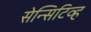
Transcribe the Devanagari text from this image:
सेन्सिटिव्ह